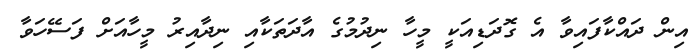
އިން ދައްކާފައިވާ އެ ގޮދަޑިއަކީ މީހާ ނިދުމުގެ އާދަތަކާއި ނިދާއިރު މީހާއަށް ފަސޭހަވާ